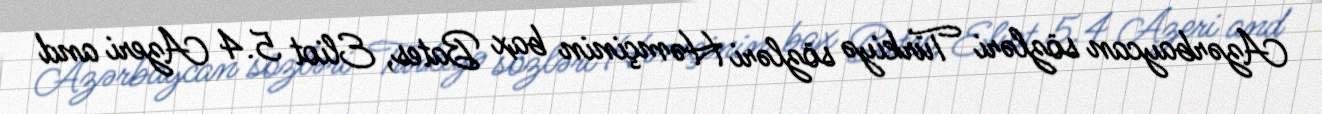
Azərbaycan sözləri Türkiyə sözləri Həmçinin bax Bates, Eliot 5.4 Azeri and